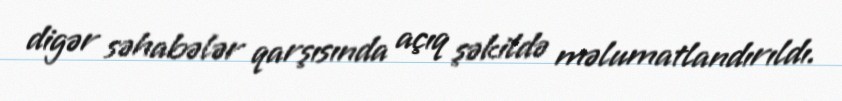
digər səhabələr qarşısında açıq şəkildə məlumatlandırıldı.